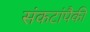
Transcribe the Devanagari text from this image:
संकटांपैकी